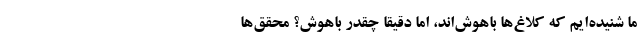
ما شنیده‌ایم که کلاغ‌ها باهوش‌اند، اما دقیقا چقدر باهوش؟ محقق‌ها